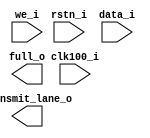
module fsm_with_fifo(
    input clk100_i,
    input rstn_i,
    input [7:0] data_i,
    input we_i,
    output full_o,
    output transmit_lane_o
);

endmodule